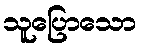
သူပြောသော